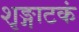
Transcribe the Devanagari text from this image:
शृङ्गाटकं